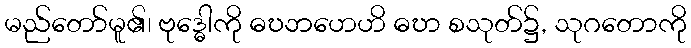
မည်တော်မူ၏၊ ဗုဒ္ဓေါကို ဓဎဘဟေဟိ ဓဎာ စသုတ်၌, သုဂတောကို